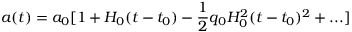
a ( t ) = a _ { 0 } [ 1 + H _ { 0 } ( t - t _ { 0 } ) - { \frac 1 2 } q _ { 0 } H _ { 0 } ^ { 2 } ( t - t _ { 0 } ) ^ { 2 } + . . . ]